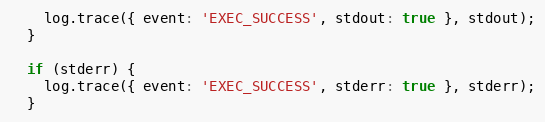
Language: JavaScript
    log.trace({ event: 'EXEC_SUCCESS', stdout: true }, stdout);
  }

  if (stderr) {
    log.trace({ event: 'EXEC_SUCCESS', stderr: true }, stderr);
  }